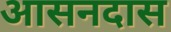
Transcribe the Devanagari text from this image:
आसनदास